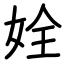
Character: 姾